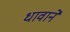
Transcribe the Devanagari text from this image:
धावाने